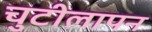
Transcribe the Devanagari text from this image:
चुटीलापन